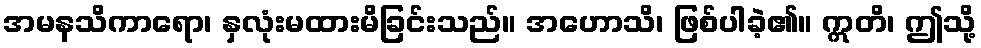
အမနသိကာရော၊ နှလုံးမထားမိခြင်းသည်။ အဟောသိ၊ ဖြစ်ပါခဲ့၏။ ဣတိ၊ ဤသို့